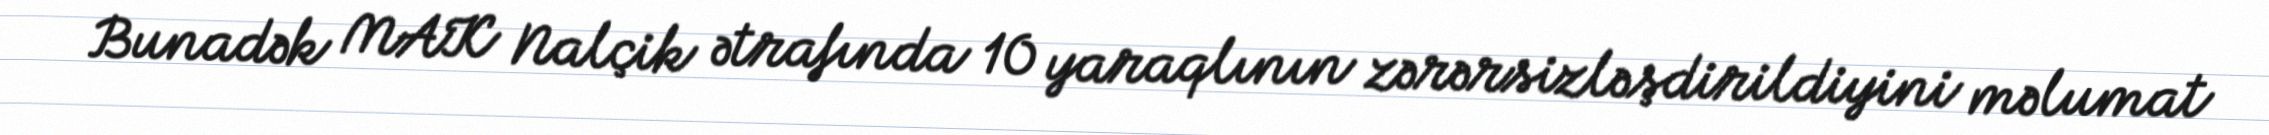
Bunadək MAK Nalçik ətrafında 10 yaraqlının zərərsizləşdirildiyini məlumat